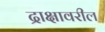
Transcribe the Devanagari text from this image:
द्राक्षावरील